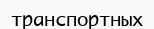
транспортных